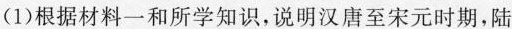
(1)根据材料一和所学知识，说明汉唐至宋元时期，陆